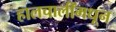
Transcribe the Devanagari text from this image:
हालचालींमधून